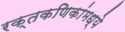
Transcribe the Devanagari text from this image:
रक्तकणिकांमध्ये